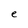
Character: e